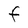
Character: F